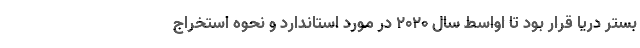
بستر دریا قرار بود تا اواسط سال ۲۰۲۰ در مورد استاندارد و نحوه استخراج